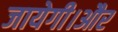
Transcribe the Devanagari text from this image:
जायेगी।और